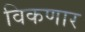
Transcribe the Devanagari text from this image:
विकणार